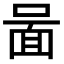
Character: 𠷰